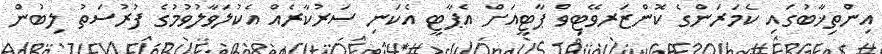
އިންތިޚާބުގައި ކެމަރަންގެ ކޮންޒަރވޭޓިވް ޕާޓީއަށް އެޕާޓީ އެކަނި ސަރުކާރެއް އެކުލަވާލުވުމުގެ ފުރުސަތު ލިބުން